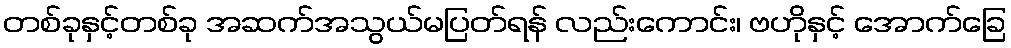
တစ်ခုနှင့်တစ်ခု အဆက်အသွယ်မပြတ်ရန် လည်းကောင်း၊ ဗဟိုနှင့် အောက်ခြေ